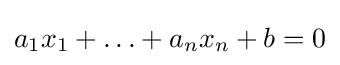
a_{1}x_{1}+\ldots +a_{n}x_{n}+b=0